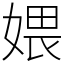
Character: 㛱